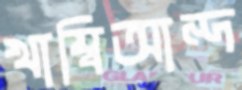
খাম্বিআন্দ